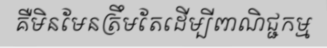
គឺមិនមែនត្រឹមតែដើម្បីពាណិជ្ជកម្ម